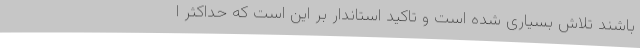
باشند تلاش بسیاری شده است و تاکید استاندار بر این است که حداکثر ا